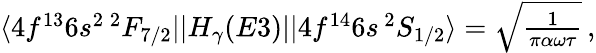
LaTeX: \begin{array}{r}{\langle 4f^{13}6s^{2}\, ^{2}F_{7/2}||H_{\gamma}(E3)||4f^{14}6s\, ^{2}S_{1/2}\rangle=\sqrt{\frac{1}{\pi\alpha\omega\tau}}\, ,}\end{array}